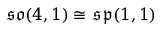
{ \mathfrak { s o } } ( 4 , 1 ) \cong { \mathfrak { s p } } ( 1 , 1 )